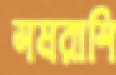
সমরাশি